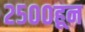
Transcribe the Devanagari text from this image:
२५००हून